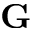
\mathbf { G }